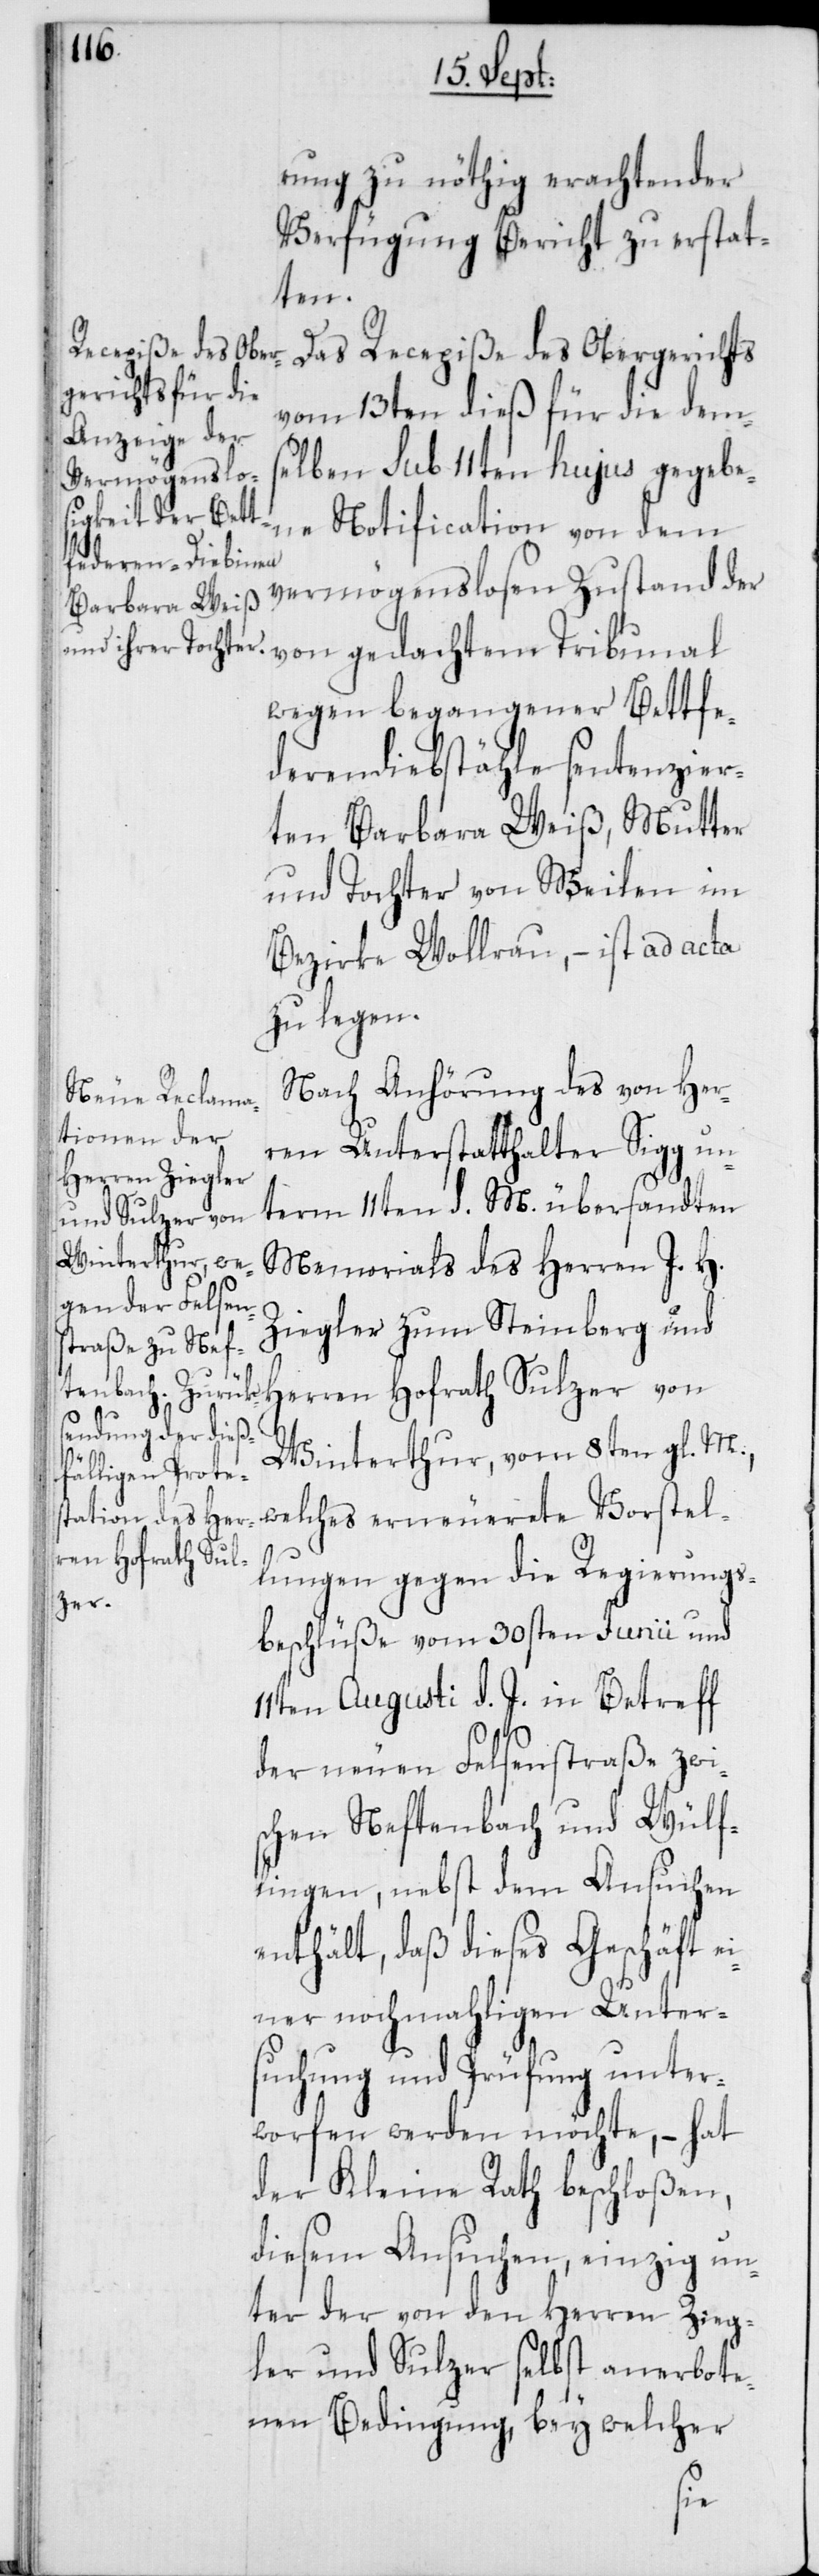
rung zu nöthig erachtender
Verfügung Bericht zu erstat¬
ten.
Das Recepiße des Obergerichts
vom 13ten dieß für die dem¬
selben sub 11ten hujus gegebe¬
ne Notification von dem
vermögenslosen Zustand der
wegen begangener Bettfe¬
derendiebstähle sentenzier¬
ten Barbara Weiß, Mutter
und Tochter von Meilen im
Bezirke Wollerau, – ist ad acta
zu legen.
Nach Anhörung des von Her¬
ren Unterstatthalter Sigg un¬
term 11ten d. M. übersandten
Memorials des Herren J. H.
Ziegler zum Steinberg und
Herren Hofrath Sulzer von
Winterthur, vom 8ten gl. M.,
welches erneuerete Vorstel¬
lungen gegen die Regierungs¬
beschlüße vom 30sten Junii und
11ten Augusti d. J. in Betreff
der neuen Felsenstraße zwi¬
schen Neftenbach und Wülf¬
lingen, nebst dem Ansuchen
enthält, daß dieses Geschäft e¬
iner nochmahligen Unter¬
suchung und Prüfung unter¬
worfen werden möchte, – hat
der Kleine Rath beschloßen,
diesem Ansuchen, einzig un¬
ter der von den Herren Zieg¬
ler und Sulzer selbst anerbote¬
nen Bedingung, bey welcher